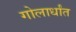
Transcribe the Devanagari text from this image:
गोलार्धांत